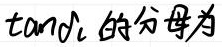
$\tan \alpha$ 的分母为